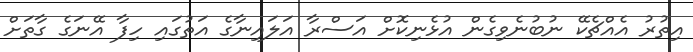
އިތުރު އެއްޗެކޭ ނުބުނެވިގެން އުޅެނިކޮށް އަސްރާ އަލައިނާގެ އަތުގައި ހިފާ އޭނަގެ ގާތަށް